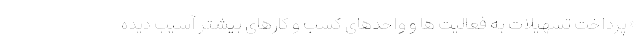
«پرداخت تسهیلات به فعالیت ها و واحدهای کسب و کارهای بیشتر آسیب دیده